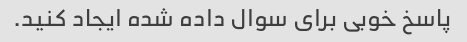
پاسخ خوبی برای سوال داده شده ایجاد کنید.